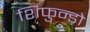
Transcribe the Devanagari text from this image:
शिफुन्ड़ो